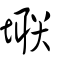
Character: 壣